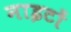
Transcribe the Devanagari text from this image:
नाइटों